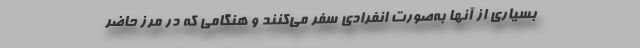
بسیاری از آنها به‌صورت انفرادی سفر می‌کنند و هنگامی که در مرز حاضر